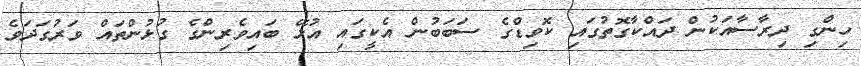
ހިންގި ދިރާސާއަކުން ދައްކާގޮތުގައި ކޮވިޑްގެ ސަބަބުން އެކީގައި އުޅޭ ބައިވެރިންގެ ގުޅުންތައް ވަރުގަދަވެ